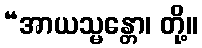
“အာယသ္မန္တော၊ တို့။